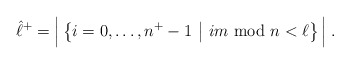
\begin{align*}\hat{\ell}^+ = \Big| \left\{ i = 0,\ldots,n^+-1 ~\middle|~ i m {\rm ~mod~} n < \ell \right\} \Big| \;.\end{align*}